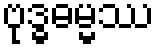
ဗုဒ္ဓဓမ္မဿ